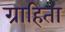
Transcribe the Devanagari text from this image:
ग्राहिता